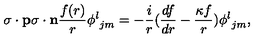
{ { \mathrm { \boldmath \sigma } } \cdot { \bf p } } { { \mathrm { \boldmath \sigma } } \cdot { \bf n } } { \frac { f ( r ) } { r } } { \phi ^ { l } } _ { j m } = - { \frac { i } { r } } ( { \frac { d f } { d r } } - { \frac { \kappa f } { r } } ) { \phi ^ { l } } _ { j m } ,